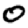
Digit: 0